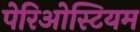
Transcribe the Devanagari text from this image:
पेरिओस्टियम